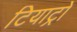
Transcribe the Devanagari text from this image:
टियाट्रो